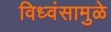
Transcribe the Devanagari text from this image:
विध्वंसामुळे